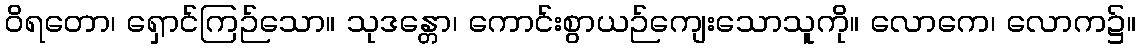
ဝိရတော၊ ရှောင်ကြဉ်သော။ သုဒန္တော၊ ကောင်းစွာယဉ်ကျေးသောသူကို။ လောကေ၊ လောက၌။